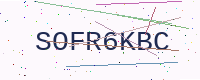
Text: SOFR6KBC